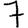
Digit: 7